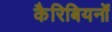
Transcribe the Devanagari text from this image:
कैरिबियनों